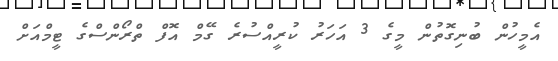
އެމީހުން ބުނިގޮތުން މީގެ 3 އަހަރު ކުރީއްސުރެ ގޭމް އޮފް ތްރޯންސްގެ ޓީމްއަށް